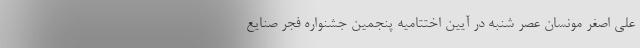
علی اصغر مونسان عصر شنبه در آیین اختتامیه پنجمین جشنواره فجر صنایع